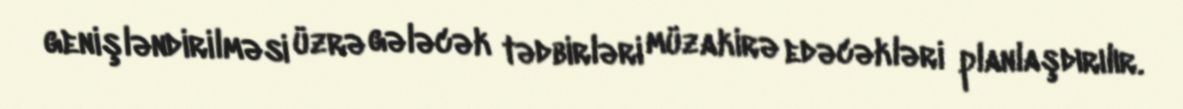
genişləndirilməsi üzrə gələcək tədbirləri müzakirə edəcəkləri planlaşdırılır.